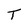
Character: T